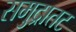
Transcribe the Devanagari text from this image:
समुद्रातट